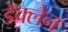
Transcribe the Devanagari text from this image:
डेक्लेन